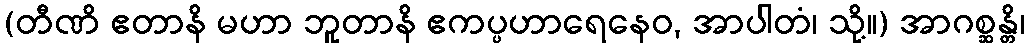
(တီဏိ ဧတာနိ မဟာ ဘူတာနိ ဧကပ္ပဟာရေနေဝ, အာပါတံ၊ သို့။) အာဂစ္ဆန္တိ၊